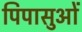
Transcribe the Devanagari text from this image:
पिपासुओं